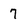
Character: 7